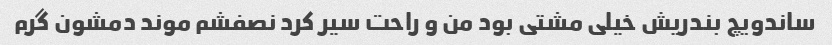
ساندویچ بندریش خیلی مشتی بود من و راحت سیر کرد نصفشم موند دمشون گرم